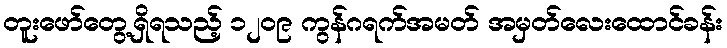
တူးဖော်တွေ့ရှိရသည့် ၁၂၀၉ ကွန်ဂရက်အမတ် အမှတ်လေးထောင်ခန်း